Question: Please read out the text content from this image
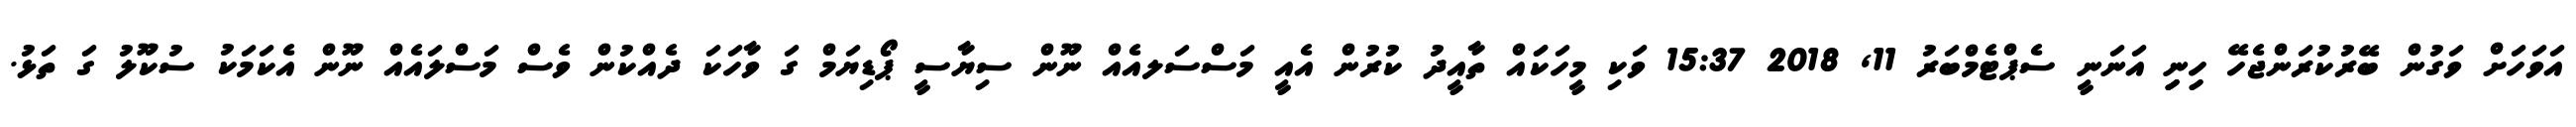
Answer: އަވަހަށް ވަގުން ބޭރުކުރަންޖެހޭ ހިިނިިި އަނަނީ ސެޕްޓެމްބަރު 11, 2018 15:37 ވަކި މީހަކަައް ތާއީދު ކުރުން އެއީ މަސްސަލއެއް ނޫން ސިޔާސީ ޕޯޑިޔަމް ގަ ވާހަކަ ދެއްކުން ވެސް މަސްލައެއް ނޫން އެކަމަކު ސުކޫލު ގަ ތަޅު.